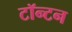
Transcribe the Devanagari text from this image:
टॉन्टन